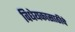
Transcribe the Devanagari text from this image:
विधेयकासाठीचे